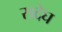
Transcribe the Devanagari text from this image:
सदेघ